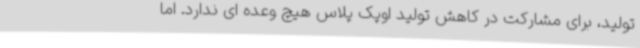
تولید، برای مشارکت در کاهش تولید اوپک پلاس هیچ وعده ای ندارد. اما